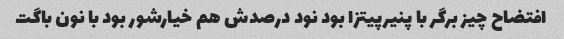
افتضاح چیز برگر با پنیرپیتزا بود نود درصدش هم خیارشور بود با نون باگت